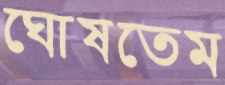
ঘোষতেম